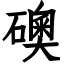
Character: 礇